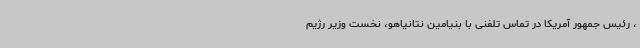
، رئیس جمهور آمریکا در تماس تلفنی با بنیامین نتانیاهو، نخست وزیر رژیم